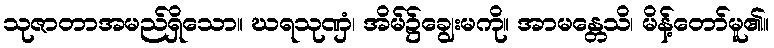
သုဇာတာအမည်ရှိသော။ ဃရသုဏှံ၊ အိမ်၌ချွေးမကို။ အာမန္တေသိ၊ မိန့်တော်မူ၏။